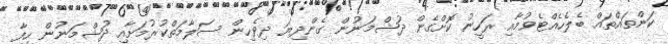
ކަންތައްތައް ބެލެހެއްޓެވުމާއި ރަހީނު ކޮށްގެން ދުޝްމަނުން ގެންދިޔަ ދިވެހިން ސަލާމަތްކުރުމަށާއި ދުޝްމަނުން ހިފާ